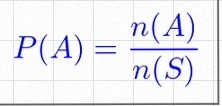
P(A)=\frac{n(A)}{n(S)}